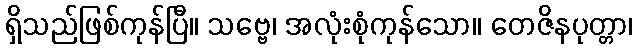
ရှိသည်ဖြစ်ကုန်ပြီ။ သဗ္ဗေ၊ အလုံးစုံကုန်သော။ တေဇိနပုတ္တာ၊